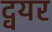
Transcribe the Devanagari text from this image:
द्वयर